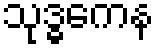
သုဒ္ဓကေန